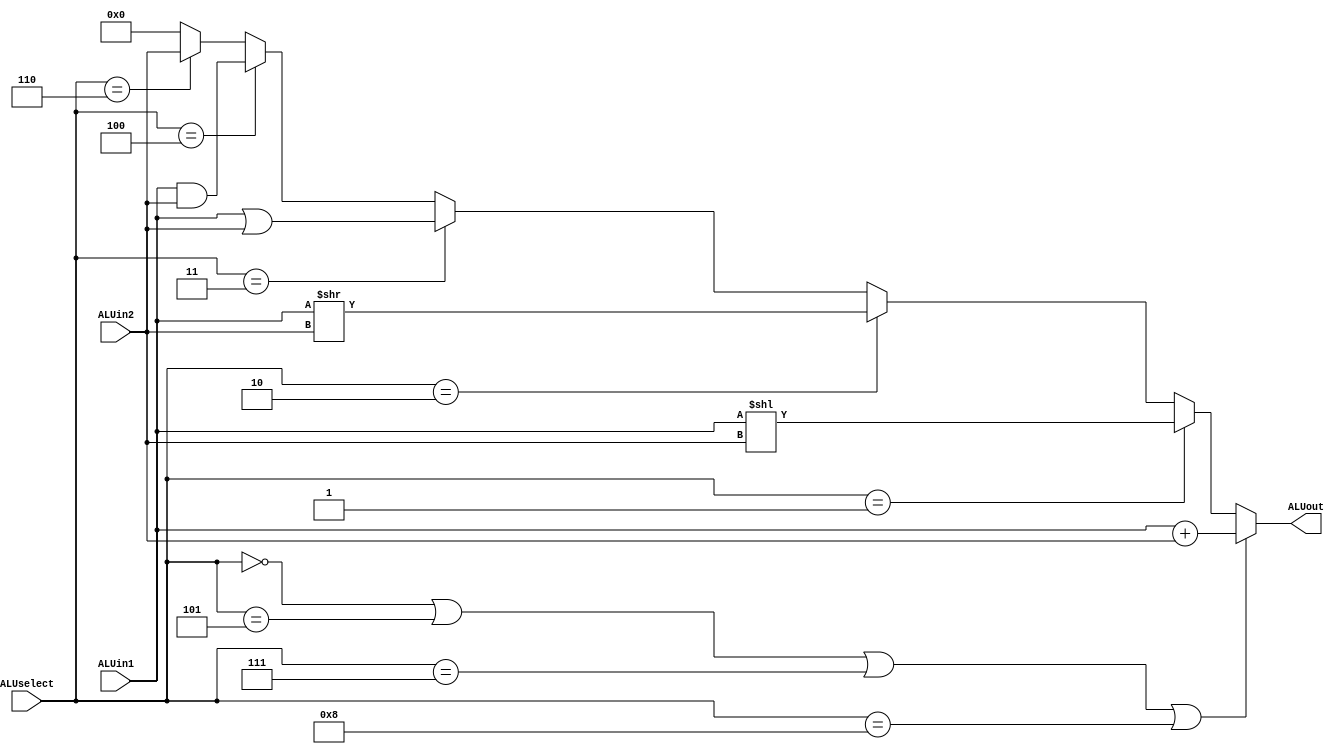
module ALU (ALUselect, ALUin1, ALUin2, ALUout);
	
    input		[3  : 0]	ALUselect;
    input		[15 : 0]	ALUin1, ALUin2;
    output	reg	[15 : 0]	ALUout;
    
    always@(*) 
    begin 
		if  (ALUselect == 0 || ALUselect == 5 || ALUselect == 7 || ALUselect == 8)
			ALUout = ALUin1 + ALUin2;
		  
		else if (ALUselect == 1) 
			ALUout = ALUin1 << ALUin2;
		  
		else if  (ALUselect == 2) 
			ALUout = ALUin1 >> ALUin2;
		  
		else if (ALUselect == 3)
			ALUout = ALUin1 | ALUin2;
		  
		else  if (ALUselect == 4)
			ALUout = ALUin1 & ALUin2;
			
		else if (ALUselect == 6)
			ALUout = ALUin2;
			
		else
			ALUout = 0;
		  
    end
endmodule